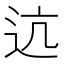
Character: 迒